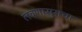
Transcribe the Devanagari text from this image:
लवणासुराचा